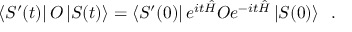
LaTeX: \left\langle S ^ { \prime } ( t ) \right| { \cal O } \left| S ( t ) \right\rangle = \left\langle S ^ { \prime } ( 0 ) \right| e ^ { i t \hat { H } } { \cal O } e ^ { - i t \hat { H } } \left| S ( 0 ) \right\rangle \; \; .